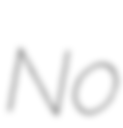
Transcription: No